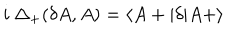
i \ \Delta _ { + } ( \delta A , A ) = \langle A + \vert \delta \vert A + \rangle